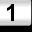
Digit: 1